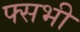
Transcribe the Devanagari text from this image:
फ्सभी